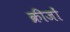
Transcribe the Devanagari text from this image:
क्रीजों